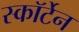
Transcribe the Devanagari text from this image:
स्कॉर्टेन